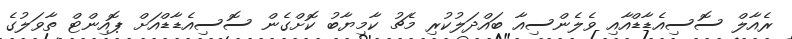
ރެއާލް ސޮސިއެޑާޑްއާއި ވެލެންސިއާ ބައްދަލުކުރި މެޗު ކާމިޔާބު ކޮށްގެން ސޮސިއެޑާޑްއަށް ޕޮއިންޓް ތާވަލުގެ